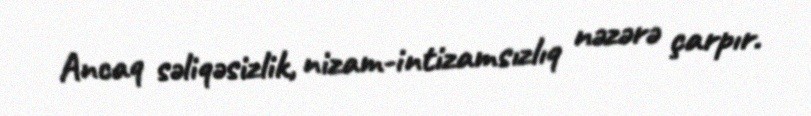
Ancaq səliqəsizlik, nizam-intizamsızlıq nəzərə çarpır.